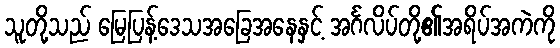
သူတို့သည် မြေပြန့်ဒေသအခြေအနေနှင့် အင်္ဂလိပ်တို့၏အရိပ်အကဲကို